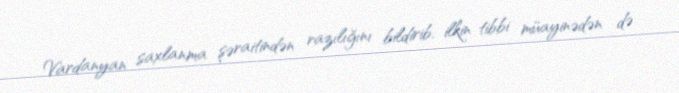
Vardanyan saxlanma şəraitindən razılığını bildirib, ilkin tibbi müayinədən də